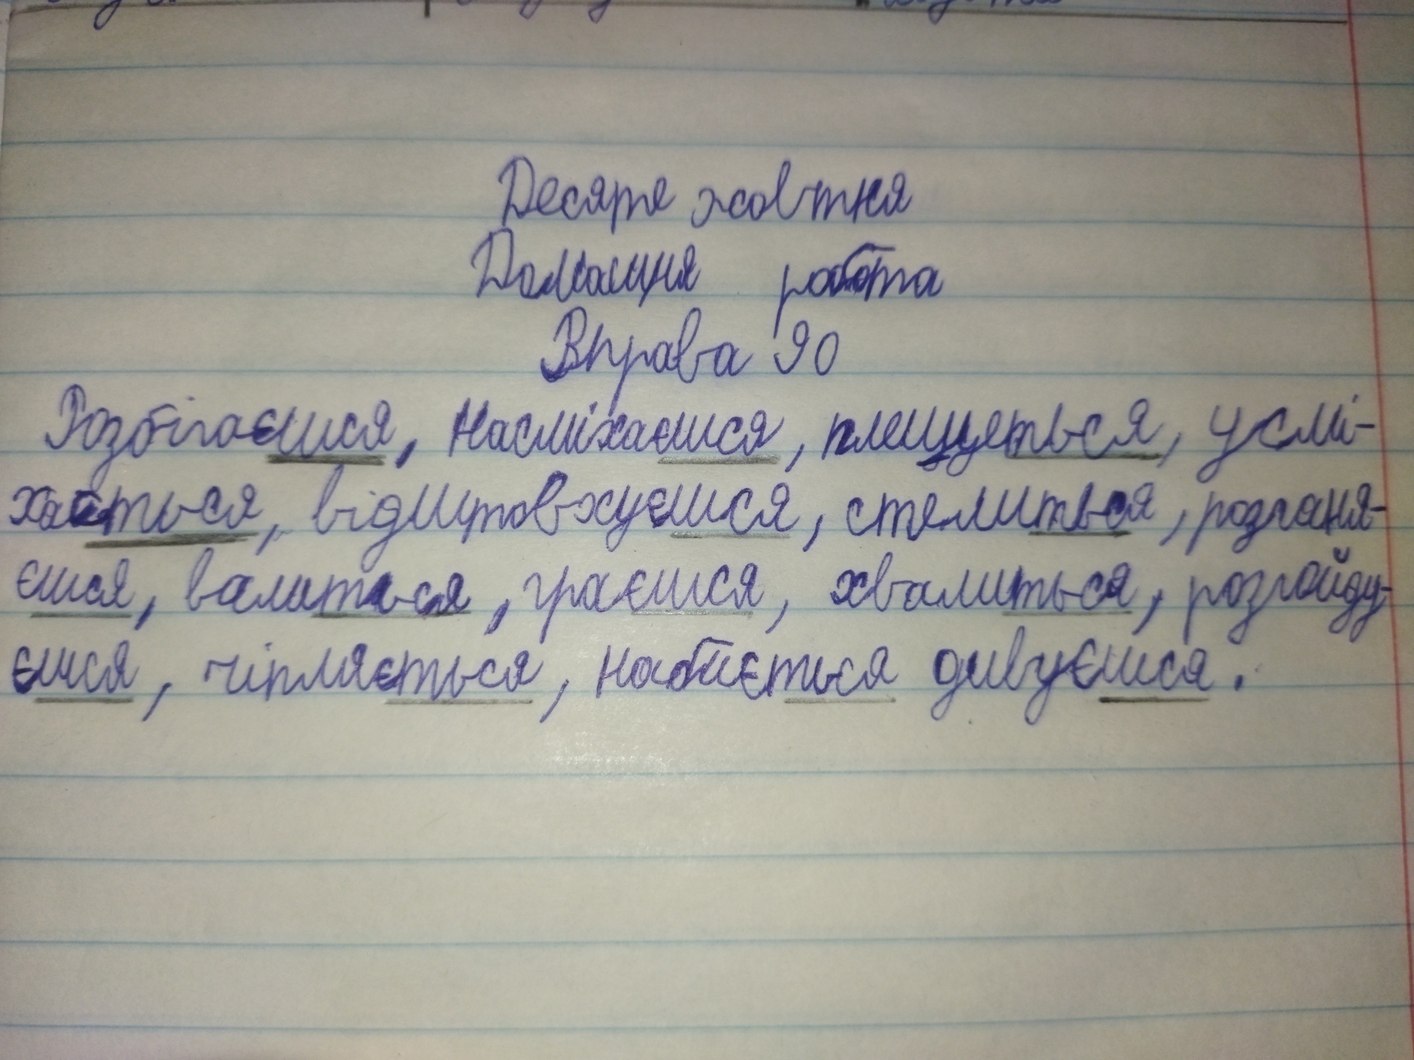
Десяте жовтня
Домашня робота
Вправа 90
Розбігаєшся, насміхаєшся, плещеться, усмі-
хається, відштовхуєшся, стелиться, розганя-
єшься, валиться, граєшся, хвалиться, розгойду-
єшся, чіпляється, набиється дивуєшся.